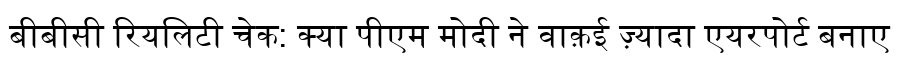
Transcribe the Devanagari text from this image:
बीबीसी रियलिटी चेक: क्या पीएम मोदी ने वाक़ई ज़्यादा एयरपोर्ट बनाए